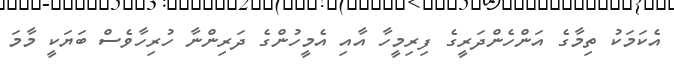
އެކަމަކު ތިމާގެ އަންހެންދަރީގެ ފިރިމީހާ އާއި އެމީހުންގެ ދަރިންނާ ހުރިހާވެސް ބަޔަކީ މާމަ